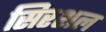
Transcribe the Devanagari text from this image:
सिरशल